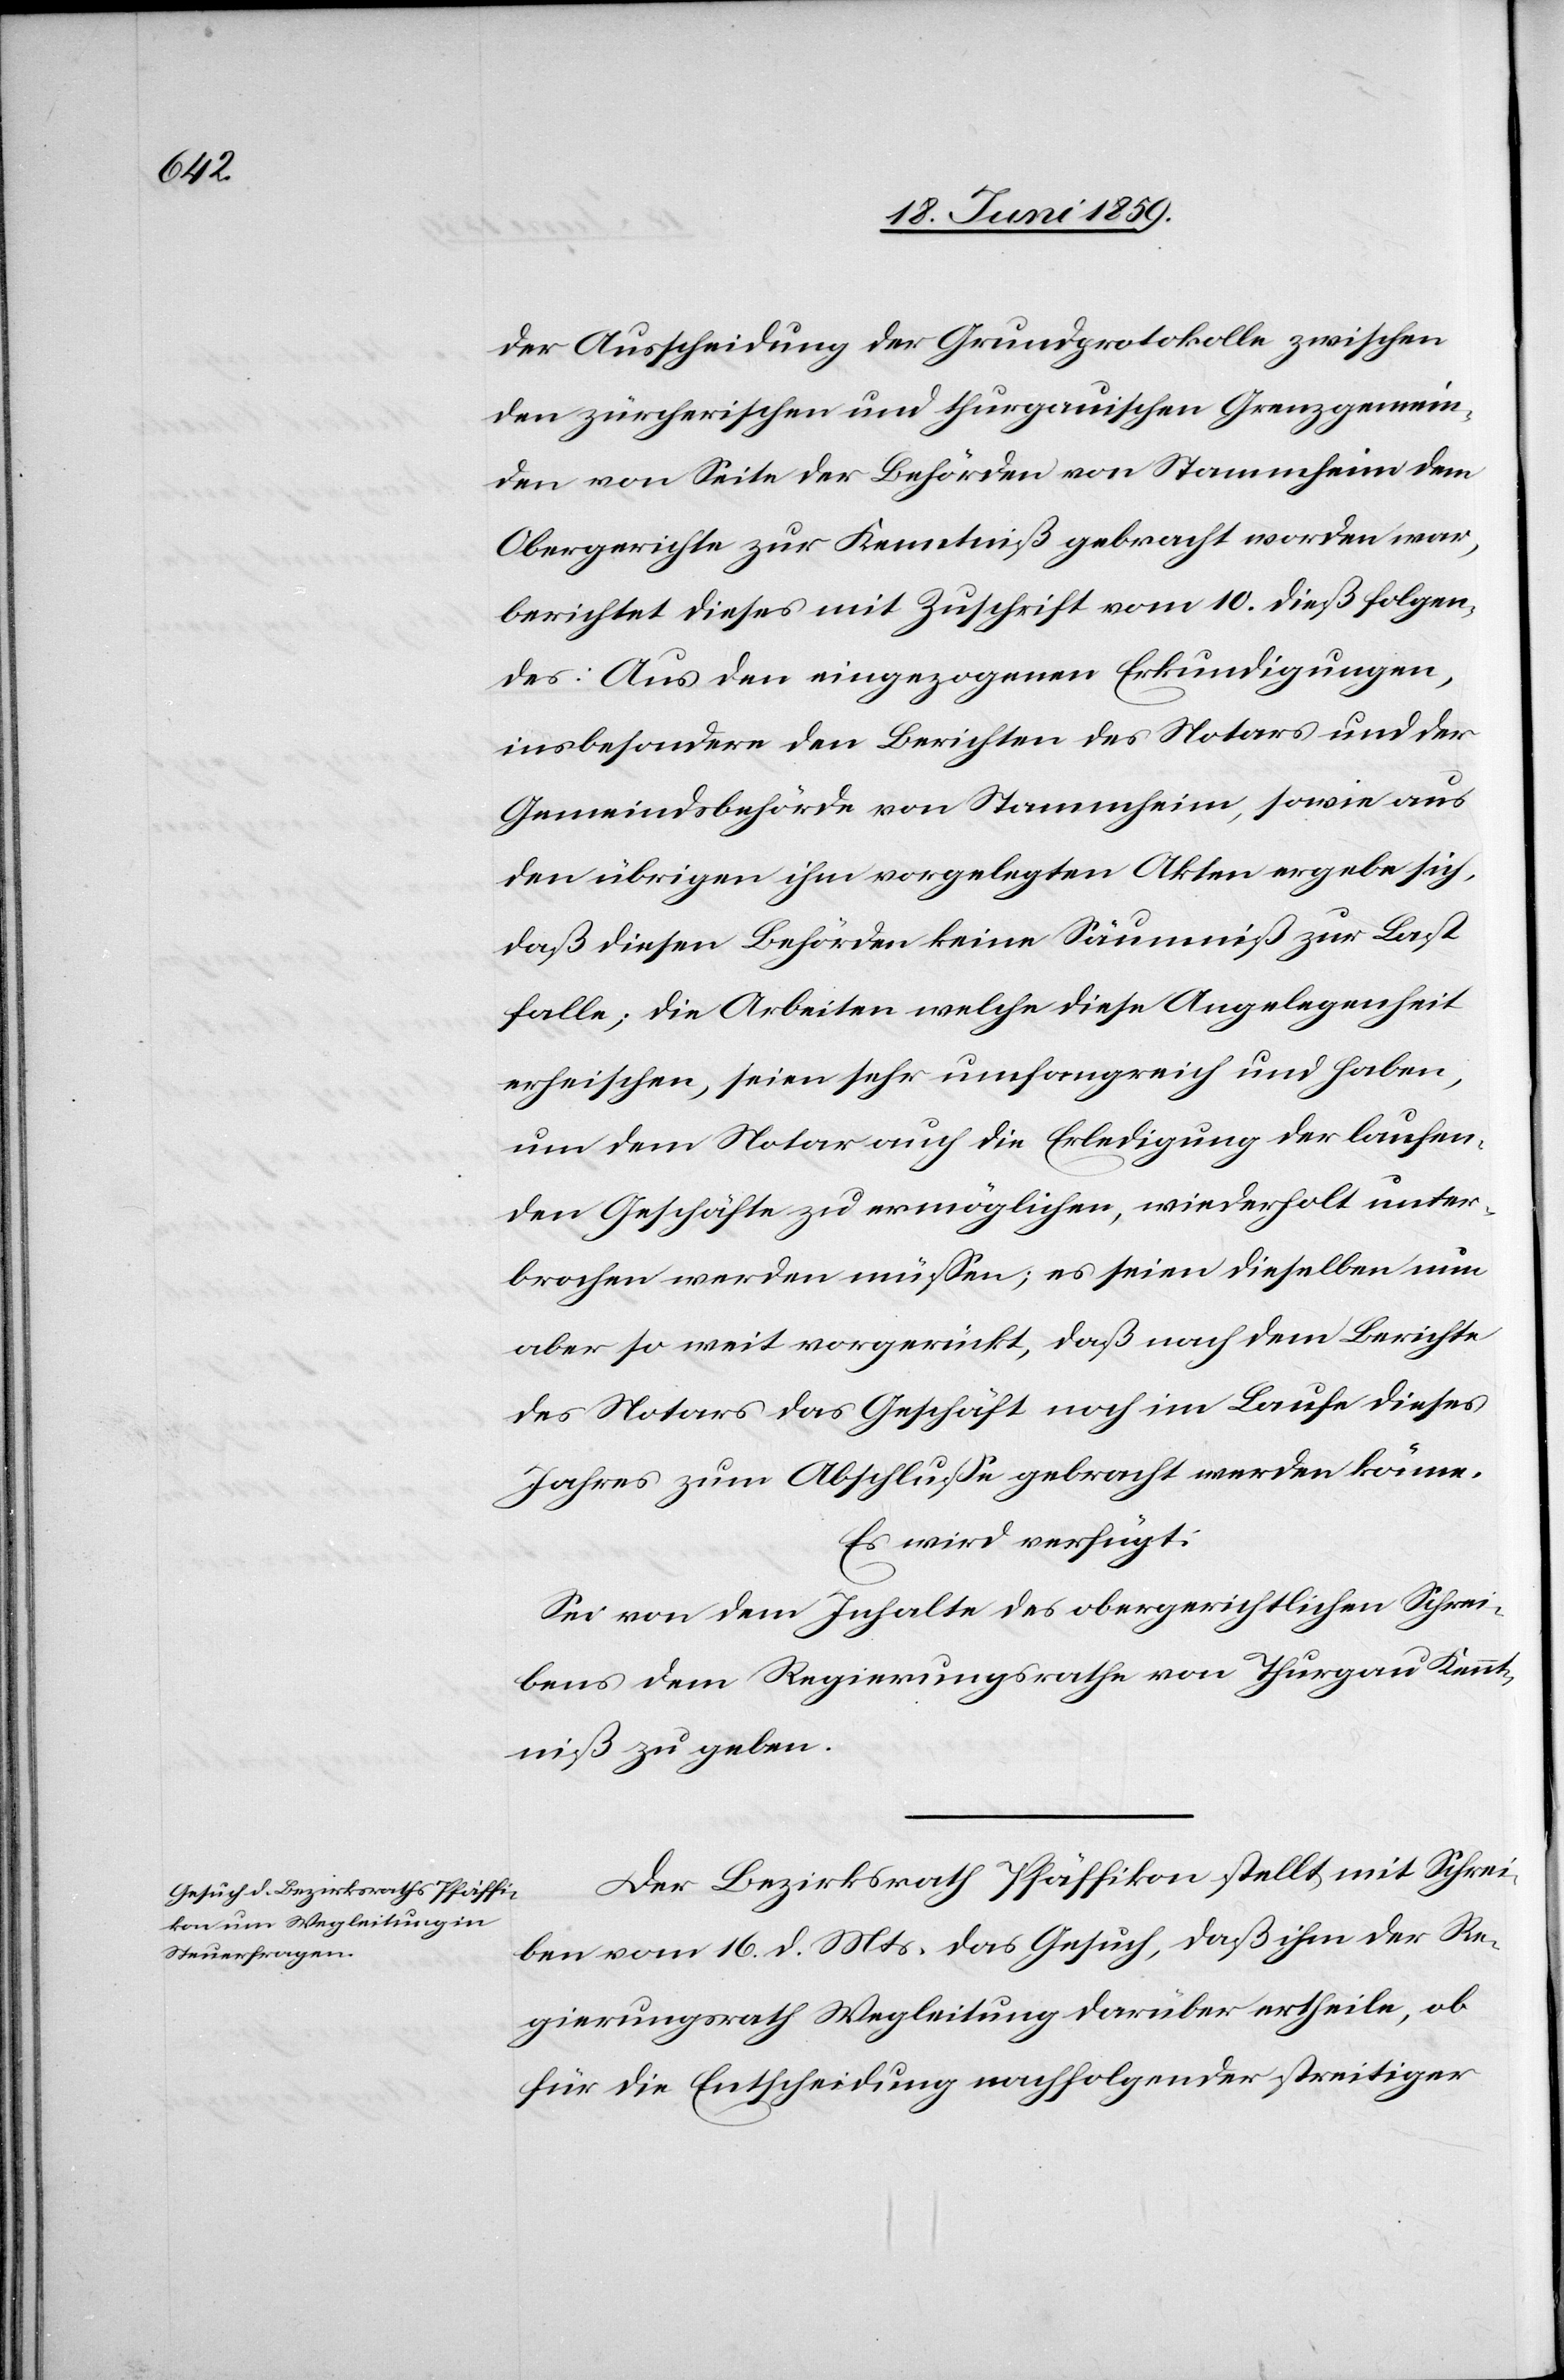
der Ausscheidung der Grundprotokolle zwischen
den zürcherischen und thurgauischen Grenzgemein¬
den von Seite der Behörden von Stammheim dem
Obergerichte zur Kenntniß gebracht worden war,
berichtet dieses mit Zuschrift vom 10. dieß folgen¬
des: Aus den eingezogenen Erkundigungen,
insbesondere den Berichten des Notars und der
Gemeindsbehörde von Stammheim, sowie aus
den übrigen ihm vorgelegten Akten ergebe sich,
daß diesen Behörden keine Säumniß zur Last
falle; die Arbeiten welche dieses Angelegenheit
erheischen, seien sehr umfangreich und haben,
um dem Notar auch die Erledigung der laufen¬
den Geschäfte zu ermöglichen, wiederholt unter¬
brochen werden müssen; es seien dieselben nun
aber so weit vorgerückt, daß nach dem Berichte
des Notars das Geschäft noch im Laufe dieses
Jahres zum Abschlusse gebracht werden könne.
Es wird verfügt:
Sei von dem Inhalte des obergerichtlichen Schrei¬
bens dem Regierungsrathe von Thurgau Kennt¬
niß zu geben.
Der Bezirksrath Pfäffikon stellt mit Schrei¬
ben vom 16.d. Mts. das Gesuch, daß ihm der Re¬
gierungsrath Wegleitung darüber ertheile, ob
für die Entscheidung nachfolgender streitiger